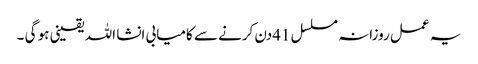
یہ عمل روزانہ مسلسل 41دن کرنے سے کامیابی انشا اللہ یقینی ہو گی ۔